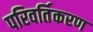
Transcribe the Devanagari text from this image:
परिवर्तिकरण